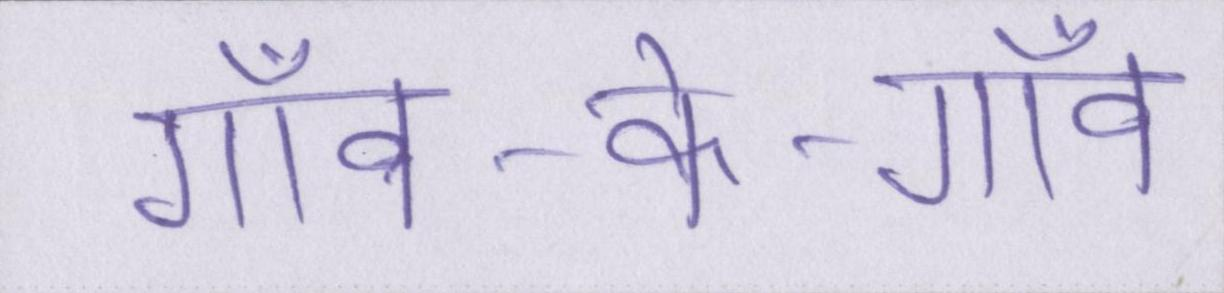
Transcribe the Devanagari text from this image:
गाँव-के-गाँव